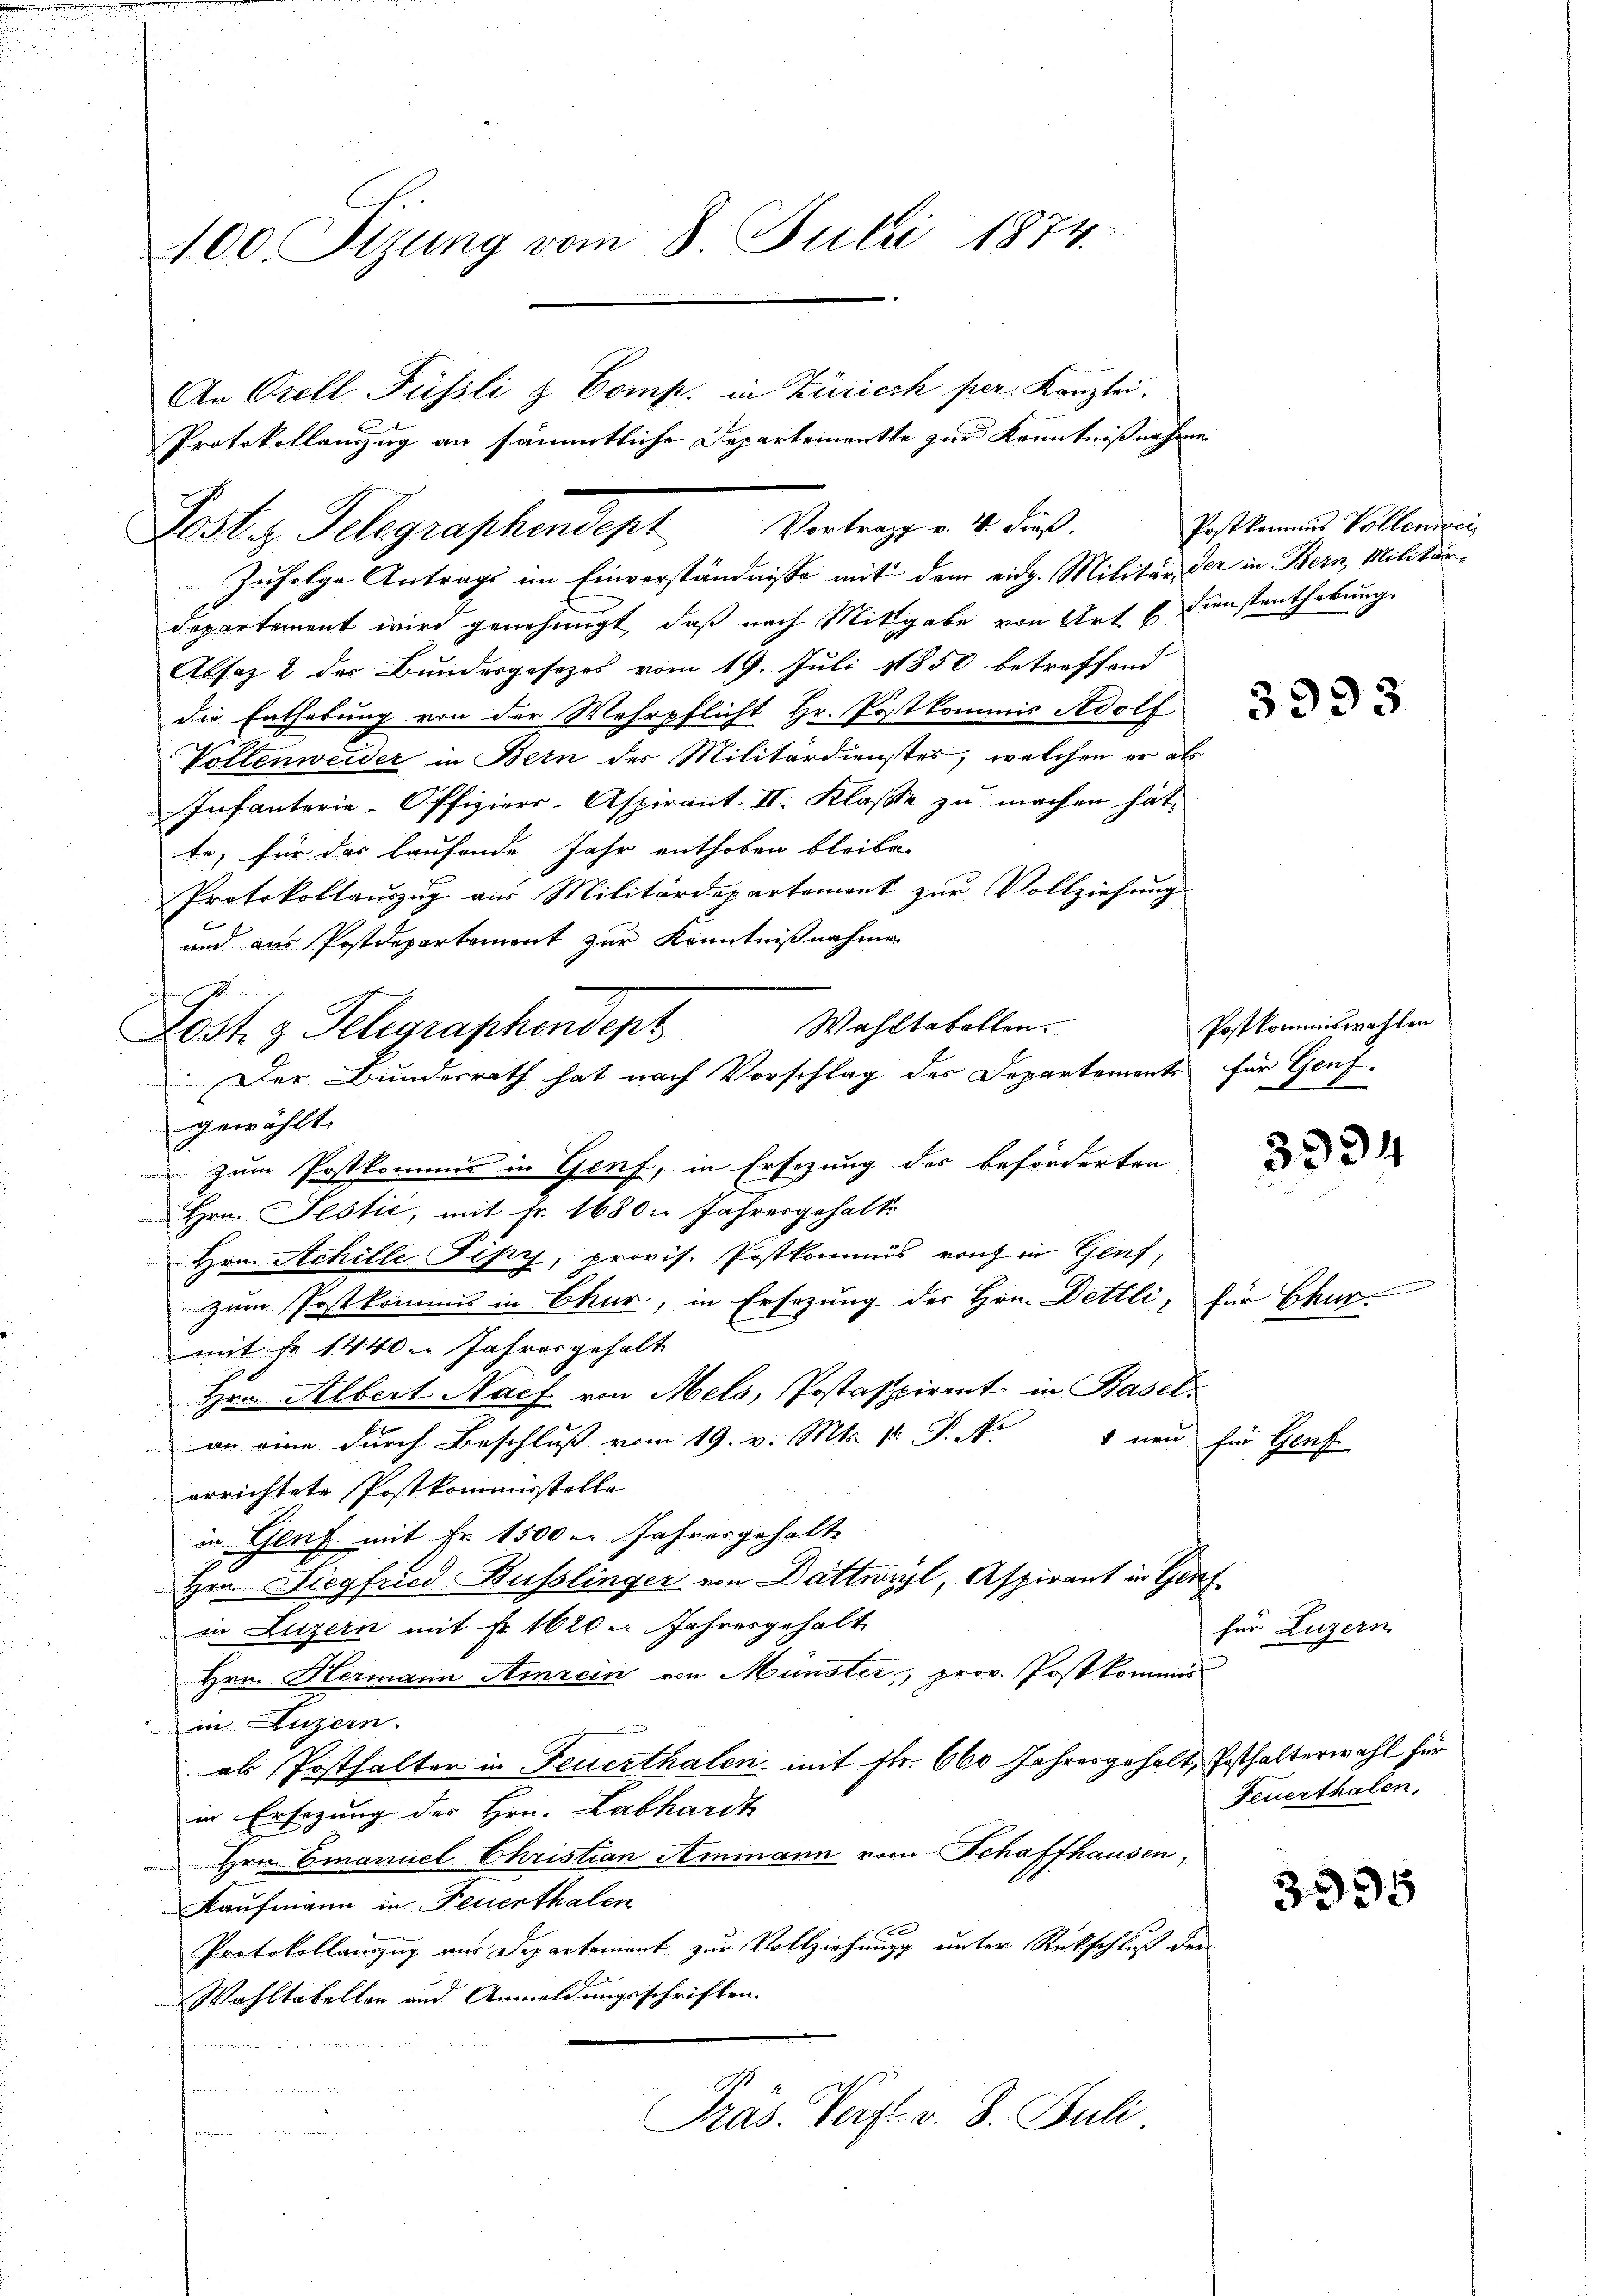
400. Sizung vom 8. Juli 1874.

Vortrag v. 4. dieß.

An Orell Füssli & Comp. in Zürich per Kanzlei.
Protokollanzug an sämmtliche Departemente zur Kenntnißnahme
Post z. Telegraphendept
Zufolge Antrags im Einverständnisse mit dem eidg. Militär der in Bern, Militärdepartement wird genehmigt, daß nach Mitgabe von Art E. Dienstenthebung.
Absatz 2 des Bundesgesetzes vom 19. Juli 1850 betreffend
die Enthebung von der Wehrpflicht Hr. Postkommis Adolf
Vollenweider in Bern des Militärdienstes, welchen er als
Infanterie-Offiziers-Aspirant II. Klaße zu machen hätte, für das laufende Jahr enthoben bleibe.
Protokollauszug aus Militärdepartement zur Vollziehung
und aus Postdepartement zur Kenntnißnahme
Wahltakollen.
Post 3 Telegraphendept
.Der Bundesrath hat nach Vorschlag des Departements für Genf
gewählt.
zum Postkommis in Genf, in Ersezung des beförderten
Hrn. Jestić, mit Fr. 1680 Jahresgehalts
Hrn. Achille Pipy, provis. Postkommis von in Genf,
zum Postkommis in Chur, in Ersezung des Hrn. Dettli, für Chur-
mit Fr. 1440 Jahresgehalt
Hrn. Albert Nach von Mels, Postaspirant in Basel¬
1 neu für Genf
an eine durch Beschluß vom 19. v. Mts. pr. P. Nr
errichtete Postkommisstelle
in Gluf mit Fr. 1500 r. Jahresgehalt
Hrn. Siegfried Busslinger von Dattwyl, Aspirant in Genf
in Luzern mit Fr. 1620. Jahresgehalt
Hrn. Hermann Airein von Münster, prov. Post kommis
in Luzern.
als Posthalter in Feuerthalen mit Fr. 660 Jahresgehalt, Ersthalterwahl für
in Ersezung des Hrn. Labhardt
Hrn. Emanuel Christian Ammann vom Schaffhausen,
Kaufmann in Feuerthalen
x
Protokollauszug aus Departement zur Vollziehung unter Rückschluß der
Wahltakelten und Anmeldungsschriften.
nheren
Präs. Verst v. 8. Juli

Postkommes Vollenswei

3993

Postkommiswahlen

3994

für Luzern

Feuerthalen.

3995